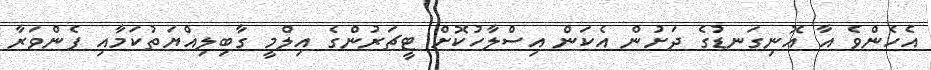
އެހެންވެ އާ އޮނިގަނޑުގެ ދަށުން އެކަން އިސްލާހުކޮށް ޓީޗަރުންގެ އިލްމީ ގާބިލިއްޔަތުކަމާއި ފެންވަރާ